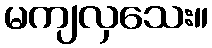
မကျလှသေး။